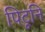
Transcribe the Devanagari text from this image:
पिटूनि